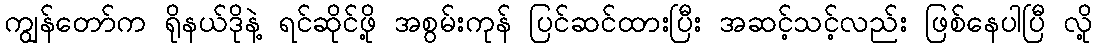
ကျွန်တော်က ရိုနယ်ဒိုနဲ့ ရင်ဆိုင်ဖို့ အစွမ်းကုန် ပြင်ဆင်ထားပြီး အဆင့်သင့်လည်း ဖြစ်နေပါပြီ လို့